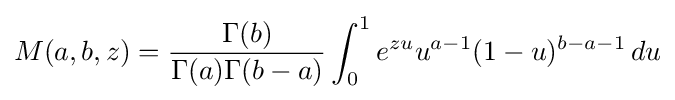
M(a,b,z)={\frac {\Gamma (b)}{\Gamma (a)\Gamma (b-a)}}\int _{0}^{1}e^{zu}u^{a-1}(1-u)^{b-a-1}\,du